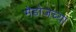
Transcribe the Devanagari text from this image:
मेडोजच्या